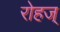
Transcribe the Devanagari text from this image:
रोहज्